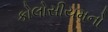
કોલોસીયમનો